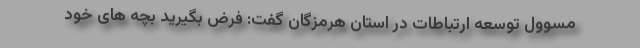
مسوول توسعه ارتباطات در استان هرمزگان گفت: فرض بگیرید بچه های خود